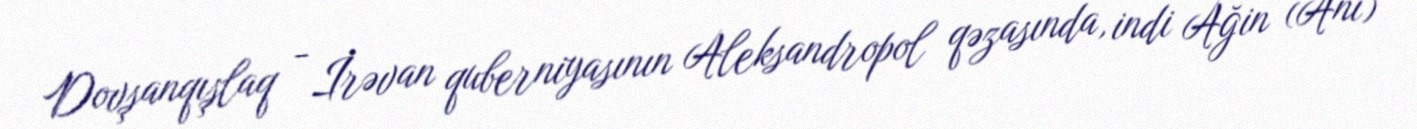
Dovşanqışlaq - İrəvan quberniyasının Aleksandropol qəzasında, indi Ağin (Ani)